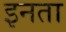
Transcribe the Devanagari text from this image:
इनता